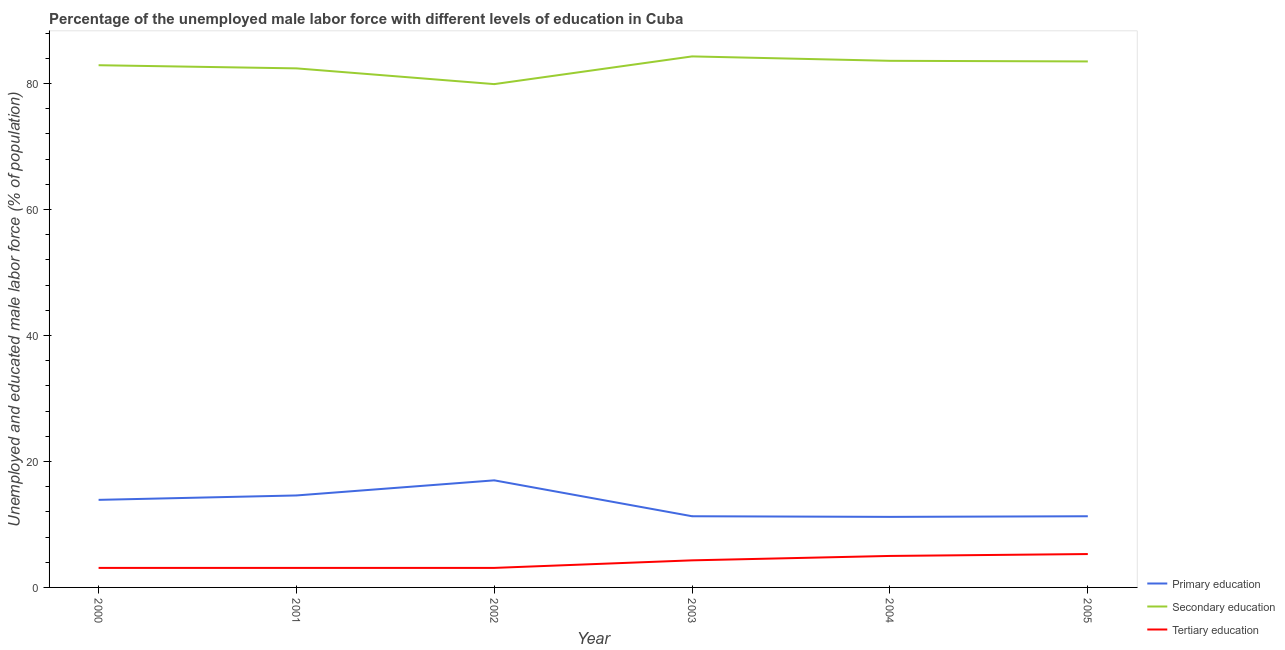
| Year | Primary education | Secondary education | Tertiary education |
 | --- | --- | --- | --- |
 | 2000 | 13.9 | 82.9 | 3.1 |
 | 2001 | 14.6 | 82.4 | 3.1 |
 | 2002 | 17 | 79.9 | 3.1 |
 | 2003 | 11.3 | 84.3 | 4.3 |
 | 2004 | 11.2 | 83.6 | 5 |
 | 2005 | 11.3 | 83.5 | 5.3 |